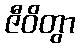
ဇီဝိတွာ